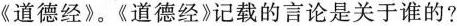
《道德经》。《道德经》记载的言论是关于谁的?